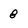
Character: 8